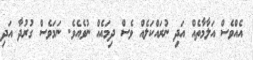
އެއްވެސް އަލާމާތެއް އަދި ނުރައްކަލެއް ވެސް ދިމައެއް ނުވެއެވެ. ނަމަވެސް ގުރުދާ އަދި